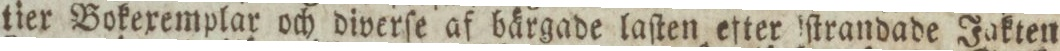
tier Bokexemplar och diverſe af bärgade laſten efter ſtrandade Jakten